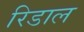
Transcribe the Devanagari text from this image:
रिडाल